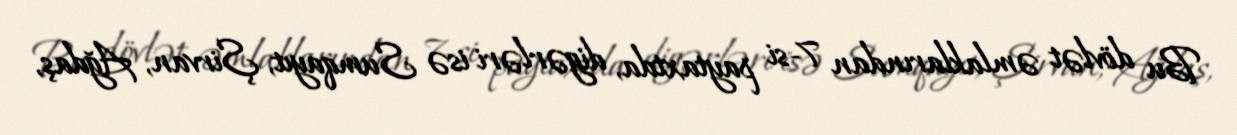
Bu dövlət əmlaklarından 7-si paytaxtda, digərləri isə Sumqayıt, Şirvan, Ağdaş,